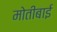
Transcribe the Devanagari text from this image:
मोतीबाई